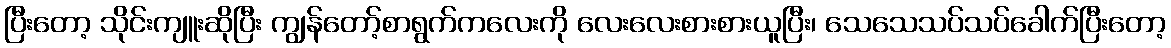
ပြီးတော့ သိုင်းကျူးဆိုပြီး ကျွန်တော့်စာရွက်ကလေးကို လေးလေးစားစားယူပြီး၊ သေသေသပ်သပ်ခေါက်ပြီးတော့